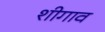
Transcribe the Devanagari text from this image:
शीगाव